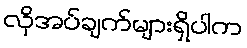
လိုအပ်ချက်များရှိပါက